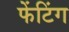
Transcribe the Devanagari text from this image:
फेंटिंग